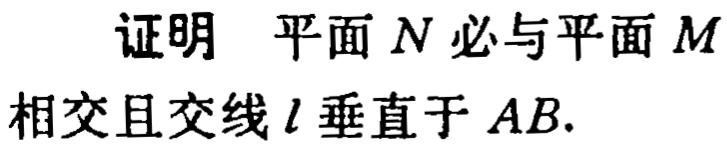
证明 平面 \(N\) 必与平面 \(M\) 相交且交线 \(l\) 垂直于 \(AB\).